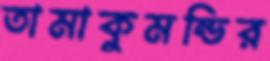
তামাকুমন্ডির